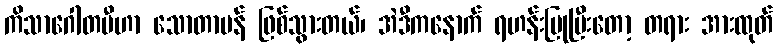
ကိသာဂေါတမီဟာ သောတာပန် ဖြစ်သွားတယ်၊ အဲဒီကနောက် ရဟန်းပြုပြီးတော့ တရား အားထုတ်